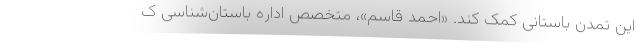
این تمدن باستانی کمک کند. «احمد قاسم»، متخصص اداره باستان‌شناسی ک